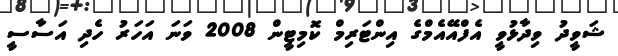
ޝަވީދު ވިދާޅުވީ އެފްއޭއެމްގެ އިންޓަރިމް ކޮމިޓީން 2008 ވަނަ އަހަރު ހެދި އަސާސީ